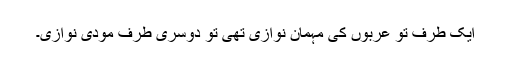
ایک طرف تو عربوں کی مہمان نوازی تھی تو دوسری طرف مودی نوازی۔